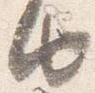
由